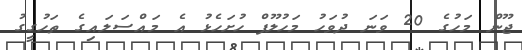
ޖޫން މަހުގެ 20 ވަނަ ދުވަހު މަހުލޫފް ހުށަހެޅު އެ މައްސަލައިގެ ތަހުގީގު